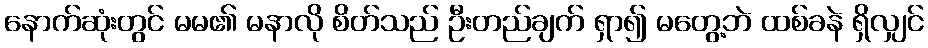
နောက်ဆုံးတွင် မမ၏ မနာလို စိတ်သည် ဦးတည်ချက် ရှာ၍ မတွေ့ဘဲ ထစ်ခနဲ ရှိလျှင်